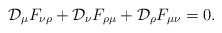
\begin{align*}{\cal D}_\mu F_{\nu\rho} + {\cal D}_\nu F_{\rho\mu} + {\cal D}_\rho F_{\mu\nu} = 0. \end{align*}